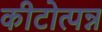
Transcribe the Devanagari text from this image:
कीटोत्पन्न